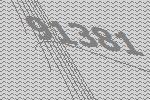
91381